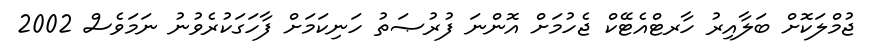
ޖުމްލަކޮށް ބަލާއިރު ހާރޓްއެޓޭކް ޖެހުމަށް އޮންނަ ފުރުޞަތު ހަނިކަމަށް ފާހަގަކުރެވުނު ނަމަވެސް 2002